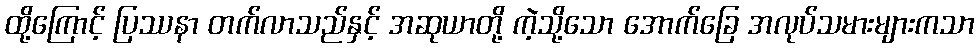
ထို့ကြောင့် ပြဿနာ တက်လာသည်နှင့် အဆုယာတို့ ကဲ့သို့သော အောက်ခြေ အလုပ်သမားများကသာ